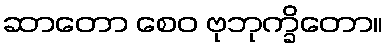
ဆာတော စေဝ ဗုဘုက္ခိတော။